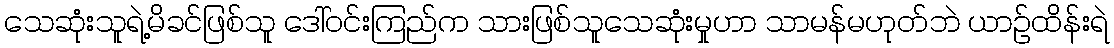
သေဆုံးသူရဲ့မိခင်ဖြစ်သူ ဒေါ်ဝင်းကြည်က သားဖြစ်သူသေဆုံးမှုဟာ သာမန်မဟုတ်ဘဲ ယာဉ်ထိန်းရဲ